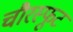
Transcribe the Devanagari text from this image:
चौरस्फूट